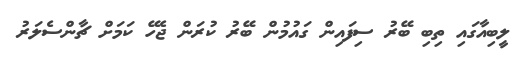
ލީބިއާގައި ތިބި ބޭރު ސިފައިން ގައުމުން ބޭރު ކުރަން ޖެހޭ ކަމަށް ޗާންސެލަރު